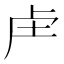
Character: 𮓗